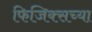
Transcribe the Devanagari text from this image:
फिजिक्सच्या